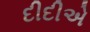
દીદીએ